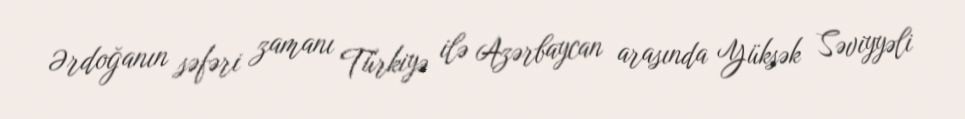
Ərdoğanın səfəri zamanı Türkiyə ilə Azərbaycan arasında Yüksək Səviyyəli